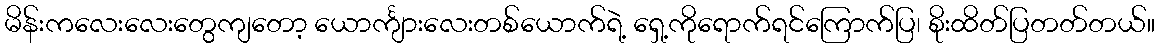
မိန်းကလေးလေးတွေကျတော့ ယောင်္ကျားလေးတစ်ယောက်ရဲ့ ရှေ့ကိုရောက်ရင်ကြောက်ပြ၊ စိုးထိတ်ပြတတ်တယ်။